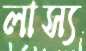
লাস্য